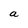
Character: a